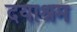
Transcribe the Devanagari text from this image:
दयाश्रम